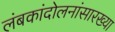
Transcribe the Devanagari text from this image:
लंबकांदोलनांसारख्या